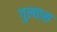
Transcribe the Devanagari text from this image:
गुल्यास